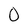
Character: 0